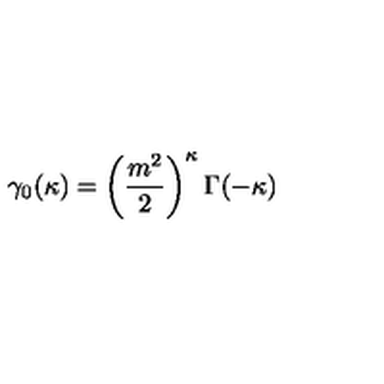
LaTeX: \gamma _ { 0 } ( \kappa ) = \left( \frac { m ^ { 2 } } { 2 } \right) ^ { \kappa } \Gamma ( - \kappa )